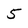
Character: 5